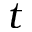
t